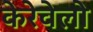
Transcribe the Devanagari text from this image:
केरेवेलो